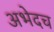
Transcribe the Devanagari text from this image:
अभेदच